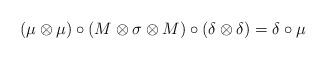
LaTeX: \begin{align*} (\mu \otimes \mu) \circ (M \otimes \sigma \otimes M) \circ (\delta \otimes \delta) = \delta \circ \mu \end{align*}